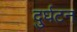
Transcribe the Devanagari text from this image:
दुर्घटन